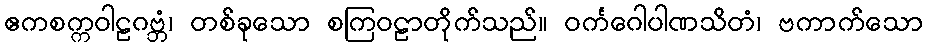
ဧကစက္ကဝါဠဂဗ္ဘံ၊ တစ်ခုသော စကြဝဠာတိုက်သည်။ ဝင်္ကဂေါပါဏသိတံ၊ ဗကာက်သော